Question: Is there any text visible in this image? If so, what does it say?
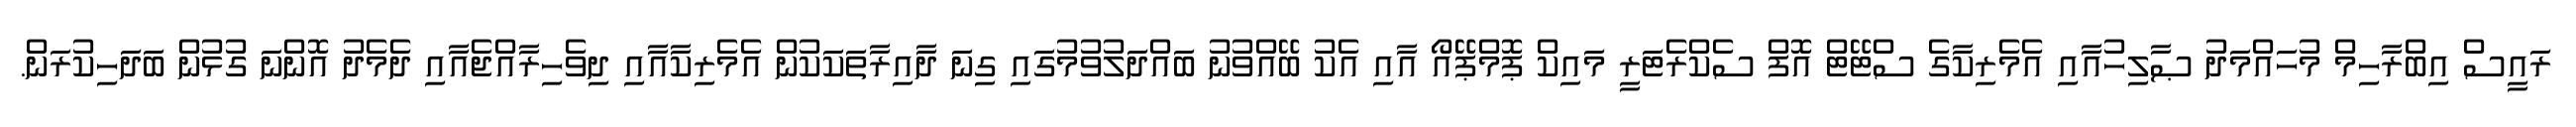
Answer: ރައީސް އިބްރާހިމް މުހައްމަދު ޞާލިހުއާއި އެމެރިކާގެ ސްޓޭޓް އޮފް ސެކްރެޓަރީ މައިކް ޕޮމްޕޭއޯ އާއި އެކު ބޭއްވުނު ބައްދަލުވުމުގައި ގިނަ ދާއިރާތަކަކުން އެމެރިކާއާއި ދިވެހިރާއްޖެއާއި ދެމެދު އޮންނަ ގުޅުން ބަދަހިކުރަން.